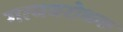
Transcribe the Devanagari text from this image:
गत्यवरोधक